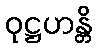
ဝုဋ္ဌဟန္တိ